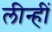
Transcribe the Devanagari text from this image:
लीन्‍हीं